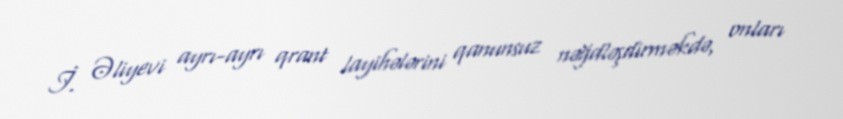
İ. Əliyevi ayrı-ayrı qrant layihələrini qanunsuz nəğdləşdirməkdə, onları